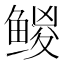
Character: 𱈅